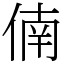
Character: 㑲